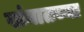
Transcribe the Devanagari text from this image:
खंबातच्या